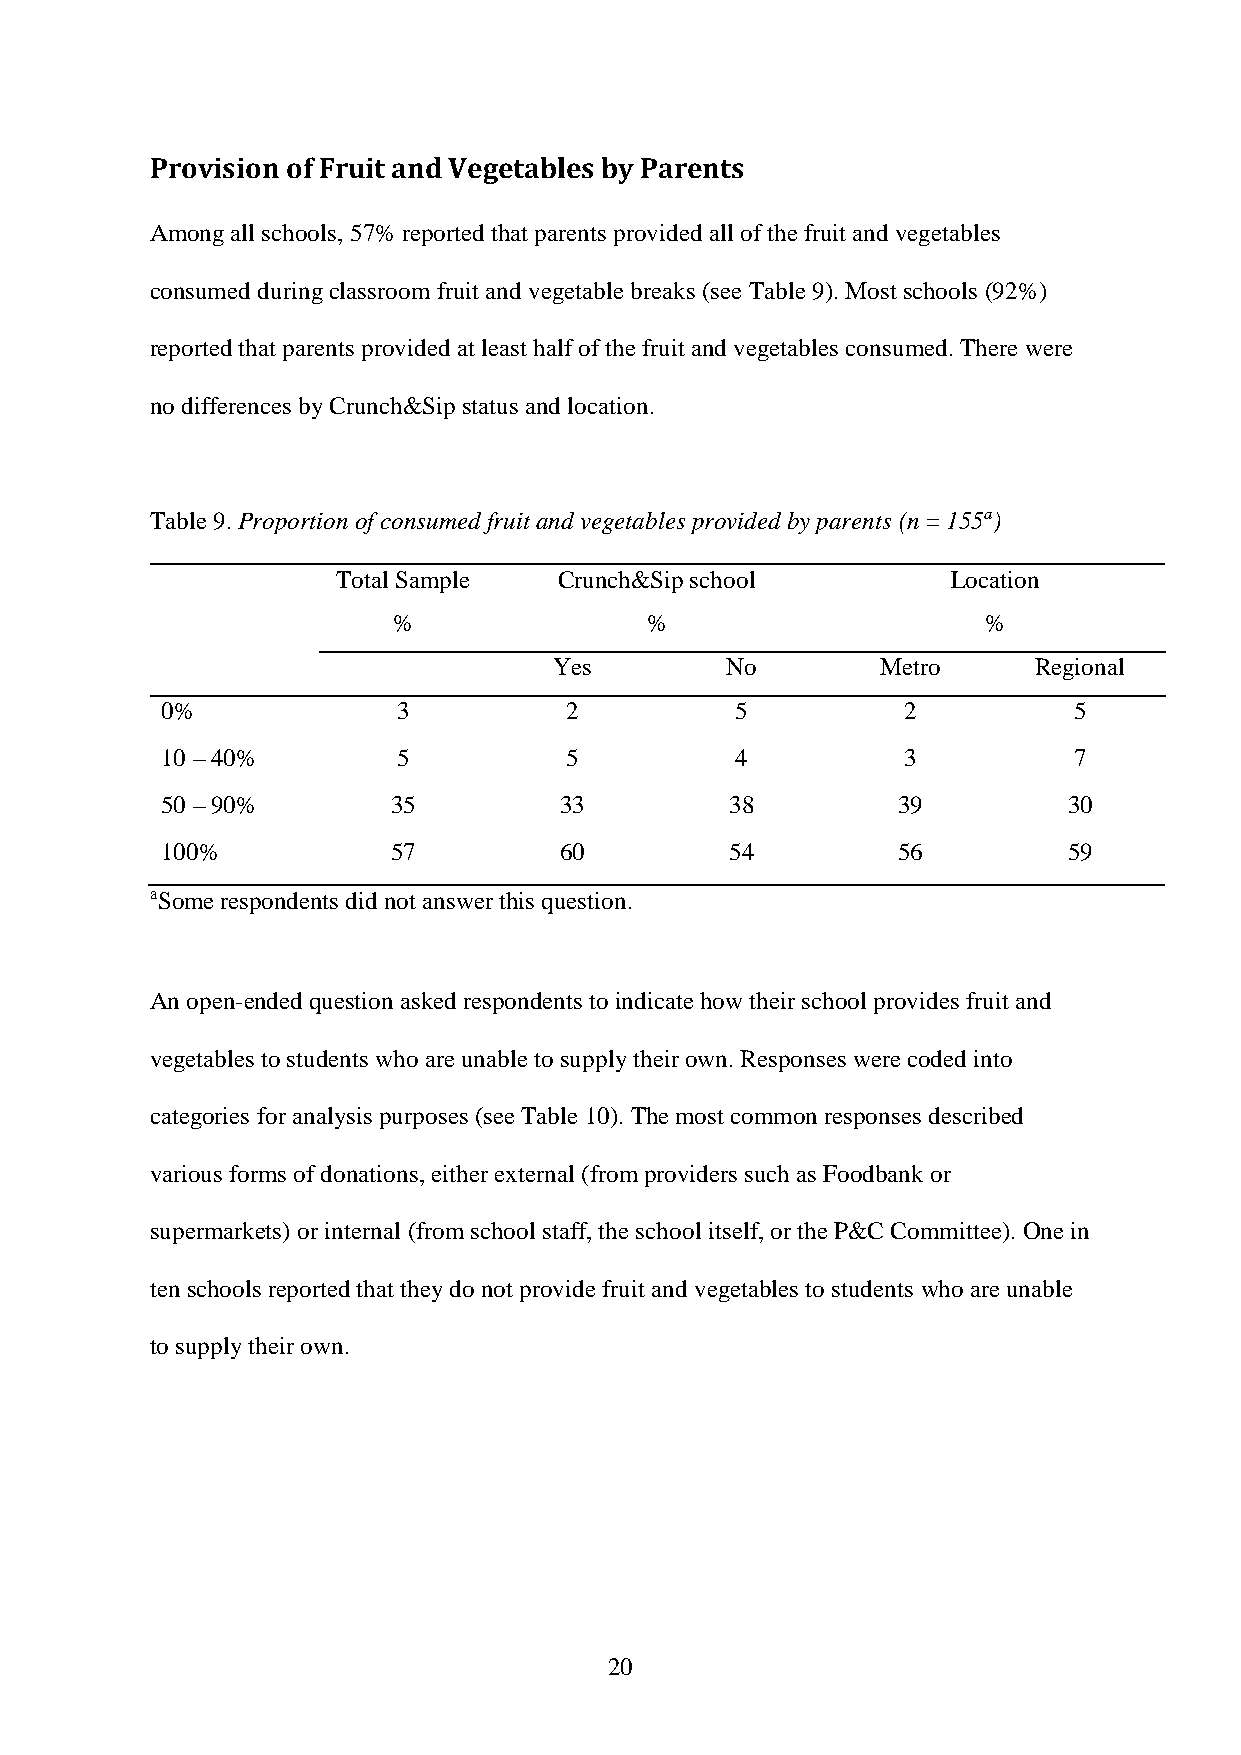
Provision of Fruit and Vegetables by Parents
 Among all schools, 57% reported that parents provided all of the fruit and vegetables
 consumed during classroom fruit and vegetable breaks (see Table 9). Most schools (92%)
 reported that parents provided at least half of the fruit and vegetables consumed. There were
 no differences by Crunch&Sip status and location.
 Table 9. Proportion of consumed fruit and vegetables provided by parents (n = 155a)
 Total Sample   Crunch&Sip school         Location
 %                %                     %
 Yes        No        Metro     Regional
 0%             3          2           5          2          5
 10 – 40%       5          5           4          3          7
 50 – 90%       35         33         38         39          30
 100%           57         60         54         56          59
 aSome respondents did not answer this question.
 An open-ended question asked respondents to indicate how their school provides fruit and
 vegetables to students who are unable to supply their own. Responses were coded into
 categories for analysis purposes (see Table 10). The most common responses described
 various forms of donations, either external (from providers such as Foodbank or
 supermarkets) or internal (from school staff, the school itself, or the P&C Committee). One in
 ten schools reported that they do not provide fruit and vegetables to students who are unable
 to supply their own.
 20